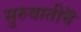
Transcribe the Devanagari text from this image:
सुरुवातीचॆ